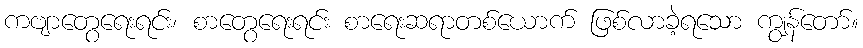
ကဗျာတွေရေးရင်း၊ စာတွေရေးရင်း စာရေးဆရာတစ်ယောက် ဖြစ်လာခဲ့ရသော ကျွန်တော်။